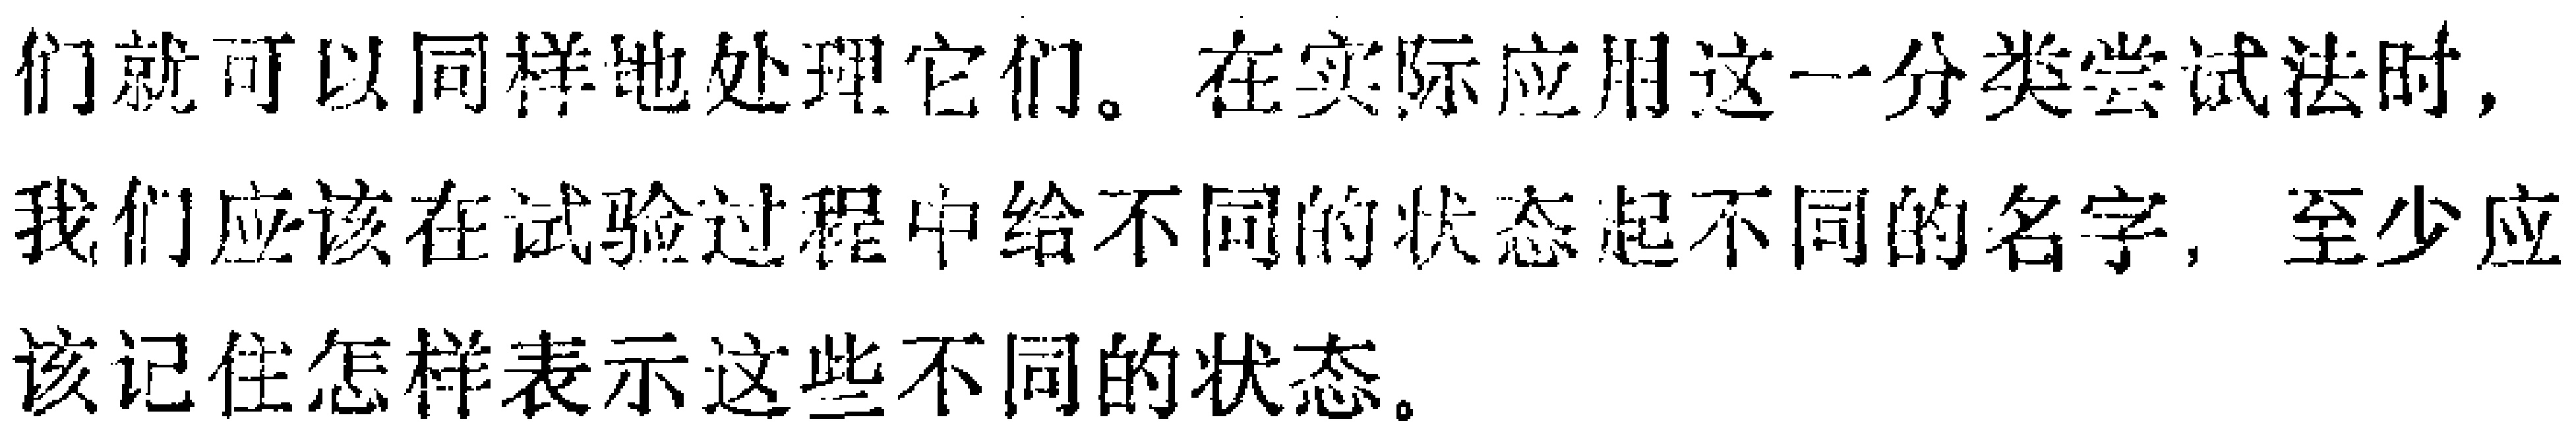
们就可以同样地处理它们。在实际应用这一分类尝试法时，我们应该在试验过程中给不同的状态起不同的名字，至少应该记住怎样表示这些不同的状态。